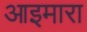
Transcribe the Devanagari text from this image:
आइमारा